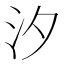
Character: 汐